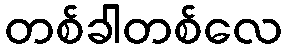
တစ်ခါတစ်လေ